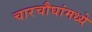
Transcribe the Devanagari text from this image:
चारचौघांमध्ये